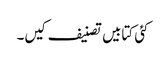
کئی کتابیں تصنیف کیں۔